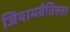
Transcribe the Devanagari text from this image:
जियामबैतिस्ता